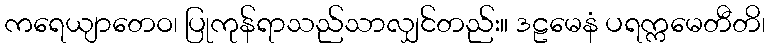
ကရေယျာတေဝ၊ ပြုကုန်ရာသည်သာလျှင်တည်း။ ဒဠမေနံ ပရက္ကမေတီတိ၊